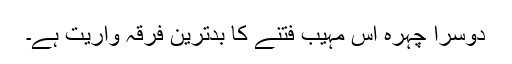
دوسرا چہرہ اس مہیب فتنے کا بدترین فرقہ واریت ہے۔